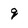
Character: g